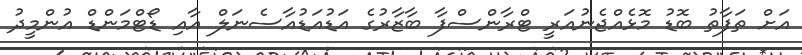
އަށް ތަފާތު ބޮޑު މޮޅެއްޖެނުއަރީ ޓްރާންސްފާ ބާޒާރުގެ އަޑުއަޑުއާސެނަލް އާއި ޑޯޓްމަންޑް އުންމީދު